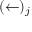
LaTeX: ( \leftarrow ) _ { j }